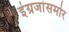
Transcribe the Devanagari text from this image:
इंग्रजांसमोर